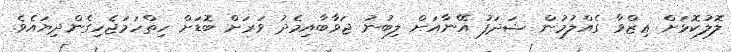
ލޮލުކޮޅަށް ޢިޒްވާ ގެއްލުމުން ޝަދަފު އޭނާއަށް ލިބުނު ޖަވާބާއިމެދު ވަރަށް ބޮޑަށް ހިތްހަމަޖެހިގެންދިޔައެވެ.